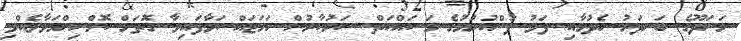
މަނަދޫގެ ބަނދަރު ހެދުމާއި ފަޅު ފުންކުރުމުގެ މަސައްކަތް ސަރުކާރުން ހަމަޖައްސަވާފައިވާ ގޮތަށް ކޮށްނިންމަވާލެއްވި